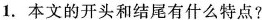
1.本文的开头和结尾有什么特点?